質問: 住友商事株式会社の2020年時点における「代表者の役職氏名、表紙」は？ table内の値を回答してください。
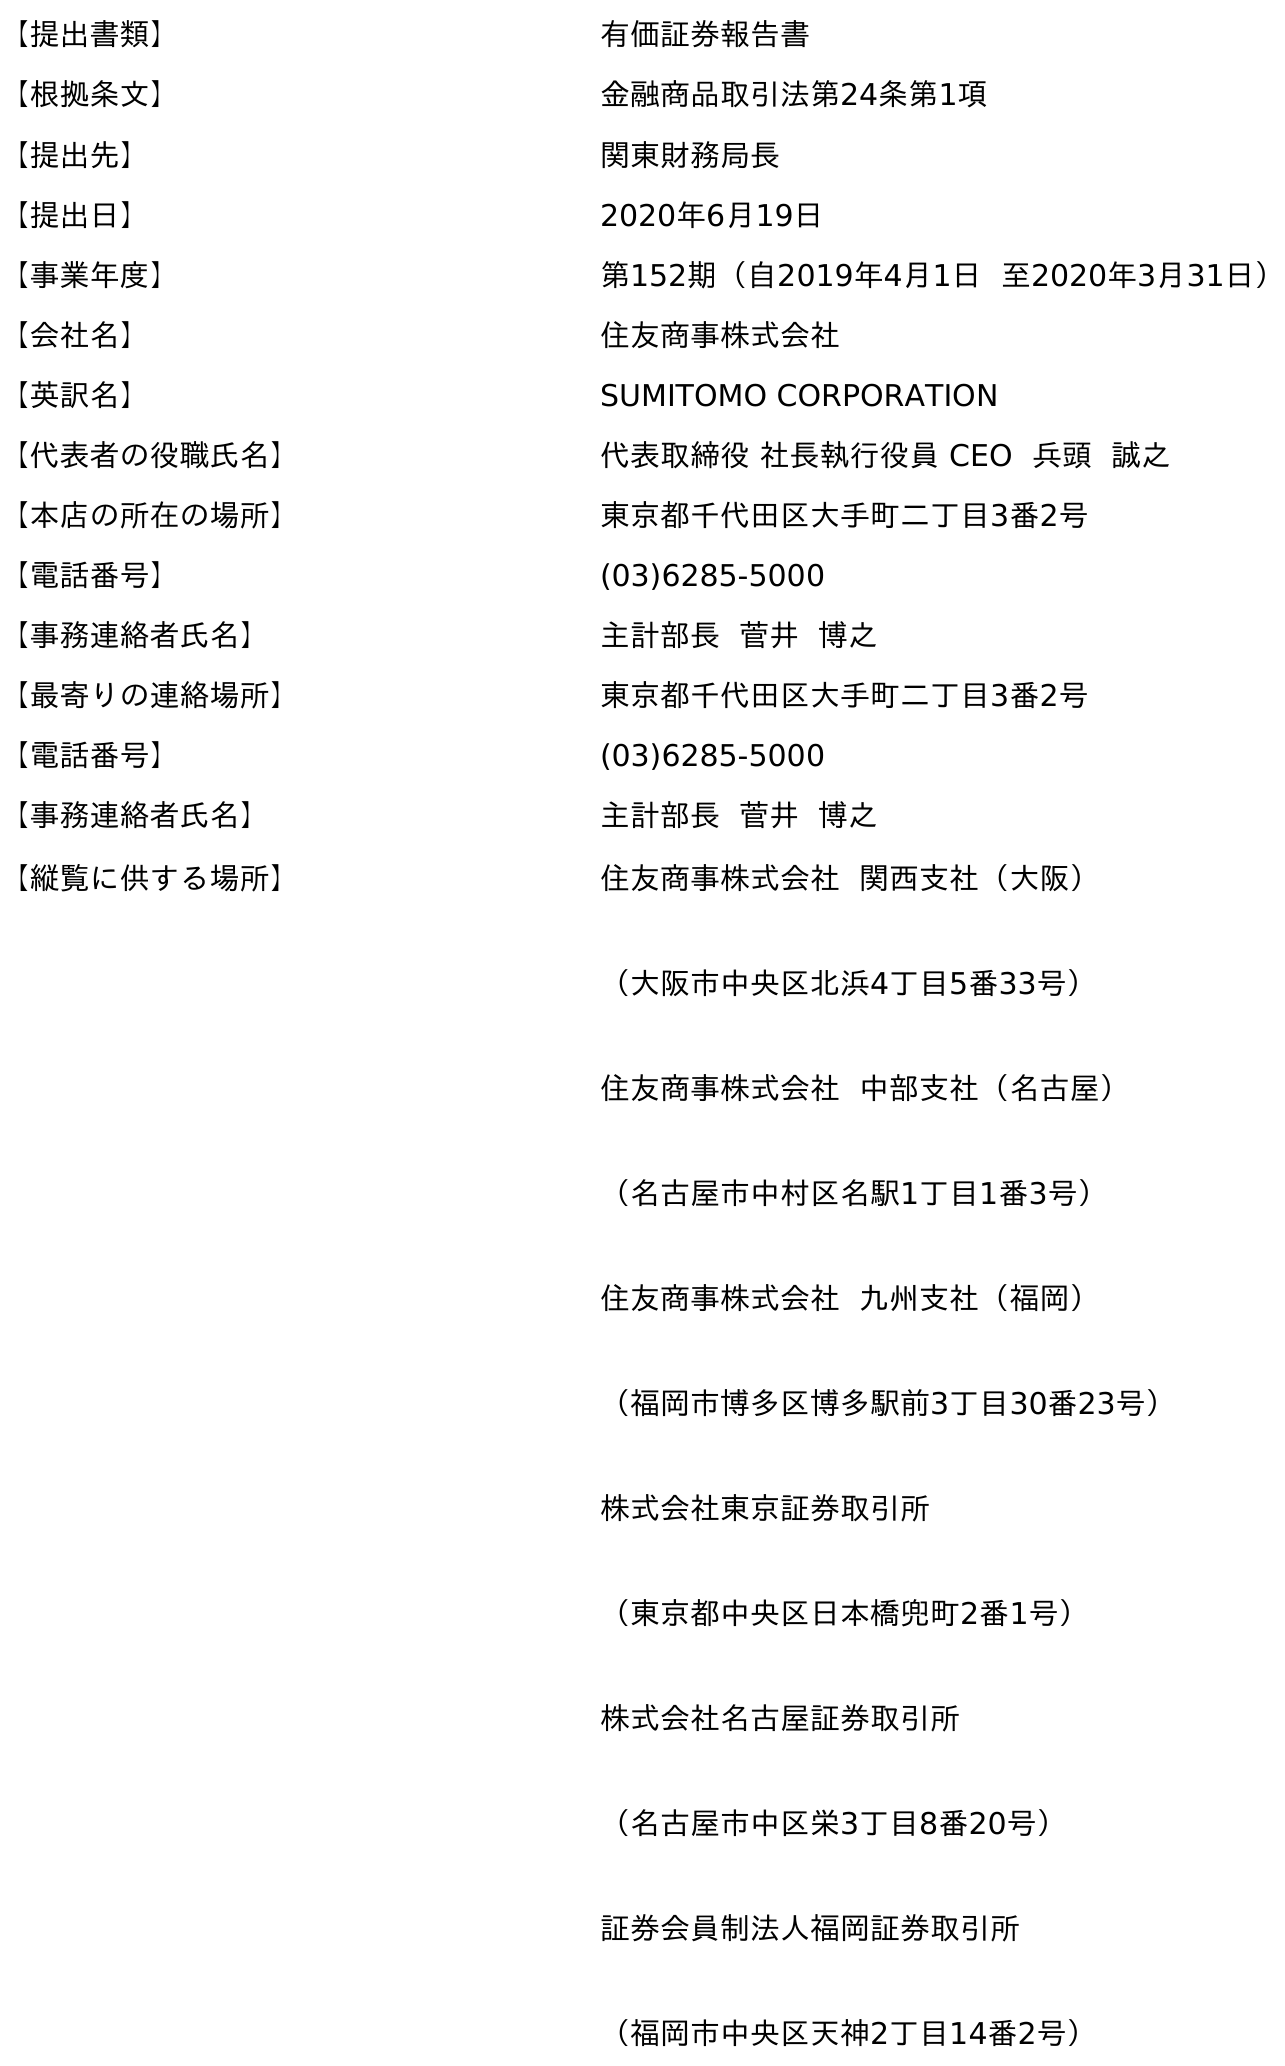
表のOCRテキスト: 【提出書類】 有価証券報告書 【根拠条文】 金融商品取引法第24条第1項 【提出先】 関東財務局長 【提出日】 2020年6月19日 【事業年度】 第152期（自2019年4月1日 至2020年3月31日） 【会社名】 住友商事株式会社 【英訳名】 SUMITOMO CORPORATION 【代表者の役職氏名】 代表取締役 社長執行役員 CEO 兵頭 誠之 【本店の所在の場所】 東京都千代田区大手町二丁目3番2号 【電話番号】 (03)6285-5000 【事務連絡者氏名】 主計部長 菅井 博之 【最寄りの連絡場所】 東京都千代田区大手町二丁目3番2号 【電話番号】 (03)6285-5000 【事務連絡者氏名】 主計部長 菅井 博之 【縦覧に供する場所】 住友商事株式会社 関西支社（大阪） （大阪市中央区北浜4丁目5番33号） 住友商事株式会社 中部支社（名古屋） （名古屋市中村区名駅1丁目1番3号） 住友商事株式会社 九州支社（福岡） （福岡市博多区博多駅前3丁目30番23号） 株式会社東京証券取引所 （東京都中央区日本橋兜町2番1号） 株式会社名古屋証券取引所 （名古屋市中区栄3丁目8番20号） 証券会員制法人福岡証券取引所 （福岡市中央区天神2丁目14番2号）
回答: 代表取締役 社長執行役員 CEO兵頭誠之